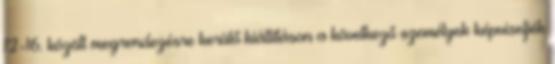
12-16. között megrendezésre kerülő kiállításon a következő személyek képviseljék